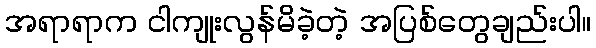
အရာရာက ငါကျုးလွန်မိခဲ့တဲ့ အပြစ်တွေချည်းပါ။